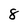
Character: 8